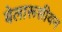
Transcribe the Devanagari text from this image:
बेलारूसीयन